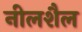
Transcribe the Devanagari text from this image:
नीलशैल